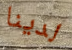
لدينا